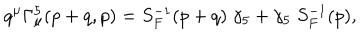
q ^ { \mu } \Gamma _ { \mu } ^ { 5 } ( p + q , p ) = S _ { F } ^ { - 1 } ( p + q ) \; \gamma _ { 5 } + \gamma _ { 5 } \; S _ { F } ^ { - 1 } ( p ) ,